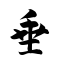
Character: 垂